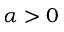
\alpha > 0